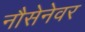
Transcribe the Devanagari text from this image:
नौसेनेवर